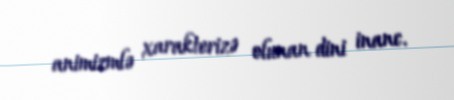
animizmlə xarakterizə olunan dini inanc.